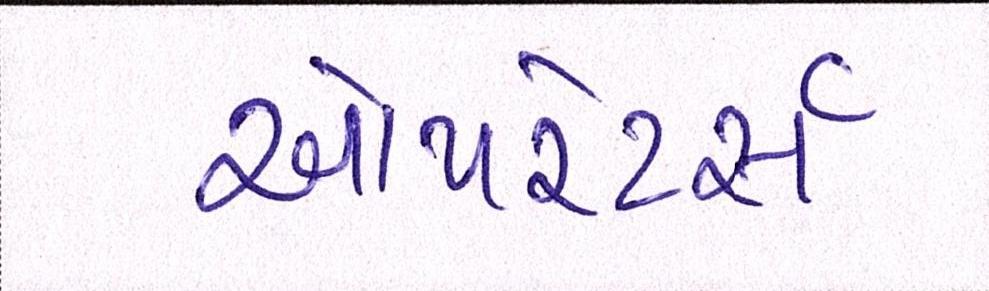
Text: ઓપરેટર્સ